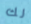
لك